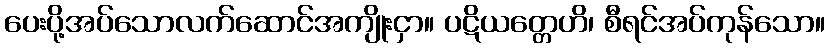
ပေးပို့အပ်သောလက်ဆောင်အကျိုးငှာ။ ပဋိယတ္တေဟိ၊ စီရင်အပ်ကုန်သော။